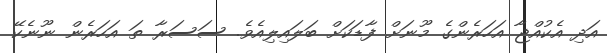
އަދި އެކުއްޖާ އަހަރެންގެ މޫނަށް ފާޑަކަށް ބަލައިލިއެވެ. ސަސަރާ ތަ އަހަރެން ނޫނެކޭ